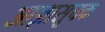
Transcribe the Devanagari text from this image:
आज्ञासूचक